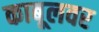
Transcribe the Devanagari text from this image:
काबूलवर